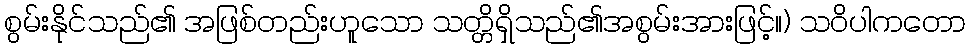
စွမ်းနိုင်သည်၏ အဖြစ်တည်းဟူသော သတ္တိရှိသည်၏အစွမ်းအားဖြင့်။) သဝိပါကတော